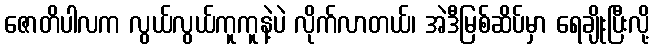
ဇောတိပါလက လွယ်လွယ်ကူကူနဲ့ပဲ လိုက်လာတယ်၊ အဲဒီမြစ်ဆိပ်မှာ ရေချိုးပြီးလို့